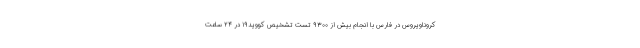
کروناویروس در فارس با انجام بیش از ۹۳۰۰ تست تشخیص کووید۱۹ در ۲۴ ساعت